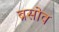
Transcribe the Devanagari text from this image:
ब्रसोव